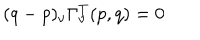
LaTeX: ( q - p ) _ { \nu } \Gamma _ { \nu } ^ { T } ( p , q ) = 0